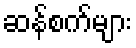
ဆန်စက်များ